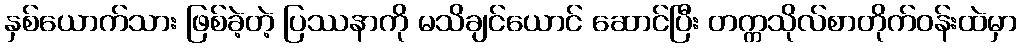
နှစ်ယောက်သား ဖြစ်ခဲ့တဲ့ ပြဿနာကို မသိချင်ယောင် ဆောင်ပြီး တက္ကသိုလ်စာတိုက်ဝန်းထဲမှာ